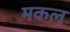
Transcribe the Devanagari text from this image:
मकल